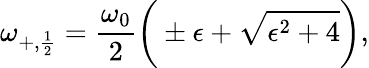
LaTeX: \omega_{+,\frac{1}{2}}=\frac{\omega_{0}}{2}\bigg(\pm\epsilon+\sqrt{\epsilon^{2}+4}\bigg),